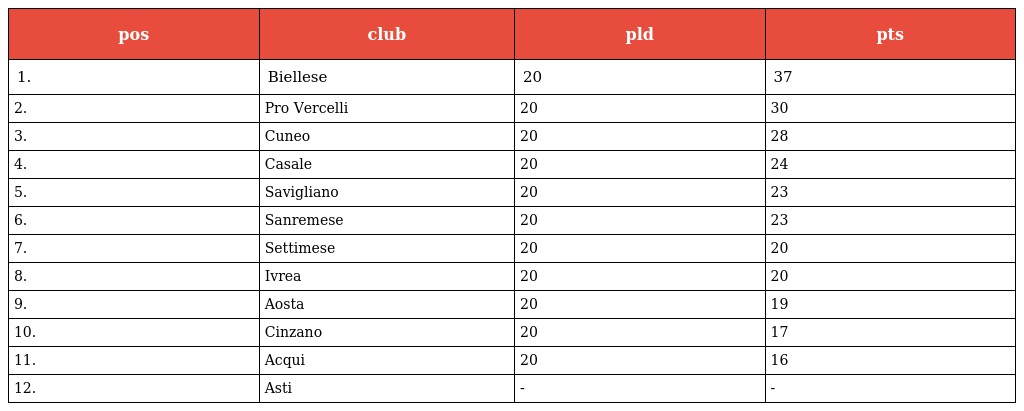
| pos | club | pld | pts |
 | --- | --- | --- | --- |
 | 1. | Biellese | 20 | 37 |
 | 2. | Pro Vercelli | 20 | 30 |
 | 3. | Cuneo | 20 | 28 |
 | 4. | Casale | 20 | 24 |
 | 5. | Savigliano | 20 | 23 |
 | 6. | Sanremese | 20 | 23 |
 | 7. | Settimese | 20 | 20 |
 | 8. | Ivrea | 20 | 20 |
 | 9. | Aosta | 20 | 19 |
 | 10. | Cinzano | 20 | 17 |
 | 11. | Acqui | 20 | 16 |
 | 12. | Asti | - | - |